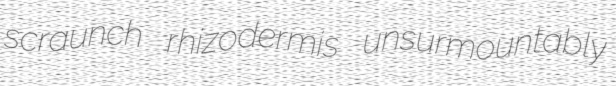
scraunch rhizodermis unsurmountably